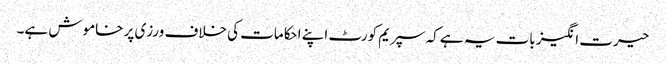
حیرت انگیز بات یہ ہے کہ سپریم کورٹ اپنے احکامات کی خلاف ورزی پر خاموش ہے۔